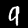
Digit: 9